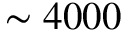
\sim 4 0 0 0